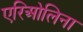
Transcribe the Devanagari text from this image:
एरिओलिना